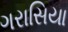
ગરાસિયા